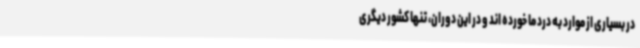
در بسیاری از موارد به درد ما خورده اند و در این دوران، تنها کشور دیگری